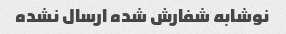
نوشابه شفارش شده ارسال نشده